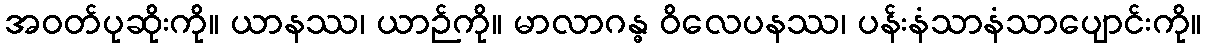
အဝတ်ပုဆိုးကို။ ယာနဿ၊ ယာဉ်ကို။ မာလာဂန္ဓ ဝိလေပနဿ၊ ပန်းနံသာနံသာပျောင်းကို။